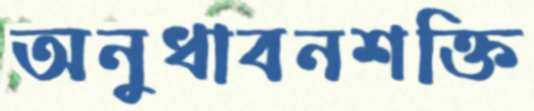
অনুধাবনশক্তি